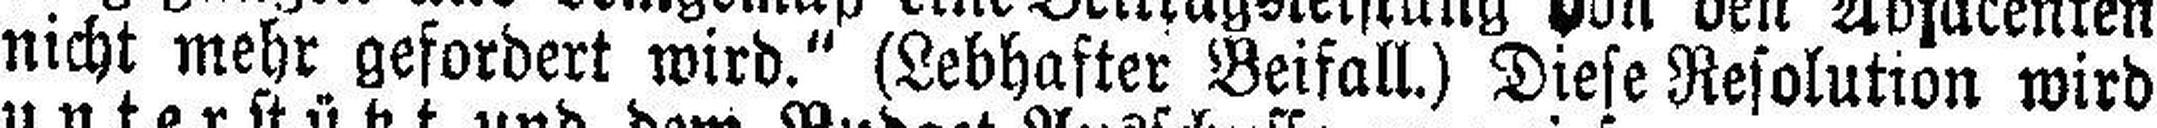
nicht mehr gefordert wird." (Lebhafter Beifall.) Diese Resolution wird